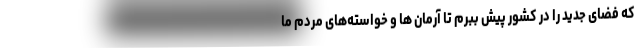
که فضای جدید را در کشور پیش ببرم تا آرمان ها و خواسته‌های مردم ما